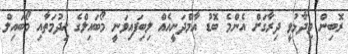
ރޮބިން ވިދާޅުވީ ދިރާގަށް އެންމެ ބޮޑު އާމްދަނީއެއް ލިބިފައިވަނީ މޯބައިލްގެ ޚިދުމަތާއި މޯބައިލް